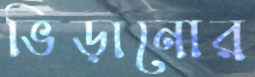
ভিড়ানোর